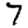
Digit: 7